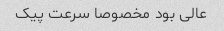
عالی بود مخصوصا سرعت پیک